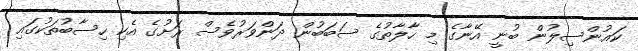
ކައުންސިލުން ބުނީ އޭނާގެ މި ހާލާތުގެ ސަބަބުން ދަންވަރުވެސް ރަށުގެ އެކި ހިސާބުތަކުގައި